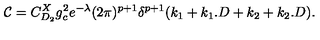
{ \mathcal { C } } = C _ { D _ { 2 } } ^ { X } g _ { c } ^ { 2 } e ^ { - \lambda } ( 2 \pi ) ^ { p + 1 } \delta ^ { p + 1 } ( k _ { 1 } + k _ { 1 } . D + k _ { 2 } + k _ { 2 } . D ) .